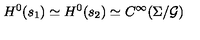
H ^ { 0 } ( s _ { 1 } ) \simeq H ^ { 0 } ( s _ { 2 } ) \simeq C ^ { \infty } ( \Sigma / { \cal G } )